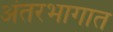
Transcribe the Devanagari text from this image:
अंतरभागात